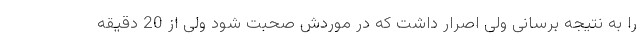
را به نتیجه برسانی ولی اصرار داشت که در موردش صحبت شود ولی از 20 دقیقه